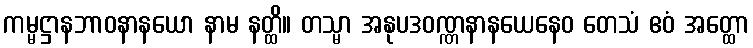
ကမ္မဋ္ဌာနဘာဝနာနယော နာမ နတ္ထိ။ တသ္မာ အနုပဒဝဏ္ဏနာနယေနေဝ တေသံ ဧဝံ အတ္ထော